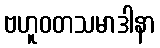
ဗဟူဝတသမာဒါနာ